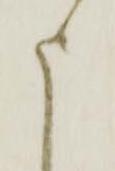
申